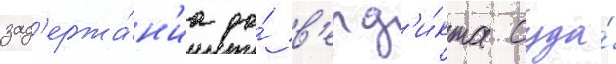
зад'ержа́н'иа до́ в'ерд'и́кта суда́